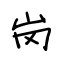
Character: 岗